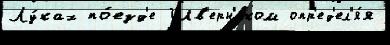
Лу́ках по́езд'е Шв'ерн'иком опр'ед'ел'я́я